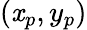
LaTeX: (\mathit{x}_{p},y_{p})